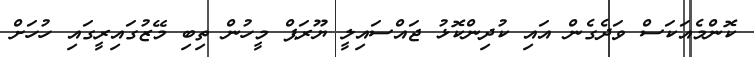
ކޮންމެއަކަސް ވަދެގެން އައި ކުދިންކޮޅު ޖައްސައިލީ ޔޫރަޕް މީހުން ތިބި މޭޒުގައިރީގައި ހުހަށް